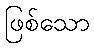
ဖြစ်သော